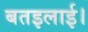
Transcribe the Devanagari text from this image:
बतइलाई।